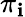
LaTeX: \pi_{\mathbf{i}}